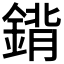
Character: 𨩈